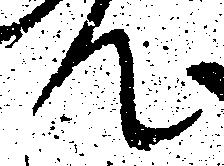
て